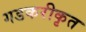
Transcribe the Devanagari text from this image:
गडकरीकृत